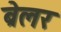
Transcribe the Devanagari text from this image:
ब्रेलर